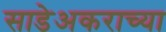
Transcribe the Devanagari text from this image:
साडेअकराच्या